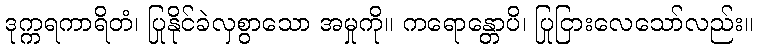
ဒုက္ကရကာရိတံ၊ ပြုနိုင်ခဲလှစွာသော အမှုကို။ ကရောန္တောပိ၊ ပြုငြားလေသော်လည်း။